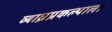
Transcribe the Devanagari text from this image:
व्याघ्रप्रकल्पाला